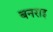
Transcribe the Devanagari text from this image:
बनराइ